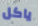
ياكل